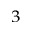
^ 3